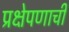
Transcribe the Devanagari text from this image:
प्रक्षेपणाची